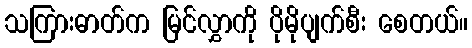
သကြားဓာတ်က မြင်လွှာကို ပိုမိုပျက်စီး စေတယ်။